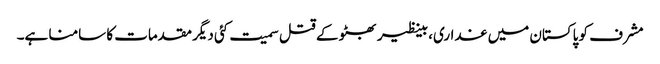
مشرف کو پاکستان میں غداری، بینظیر بھٹو کے قتل سمیت کئی دیگر مقدمات کا سامنا ہے۔